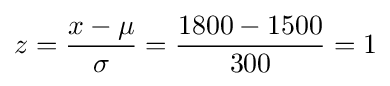
z={x-\mu  \over \sigma }={1800-1500 \over 300}=1